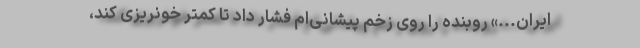
ایران...» روبنده را روی زخم پیشانی‌ام فشار داد تا کمتر خونریزی کند،